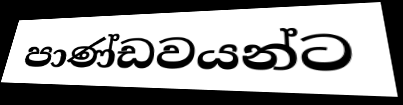
පාණ්ඩවයන්ට